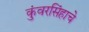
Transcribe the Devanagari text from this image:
कुंवरसिंहाचे